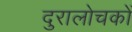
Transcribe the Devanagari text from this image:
दुरालोचकों